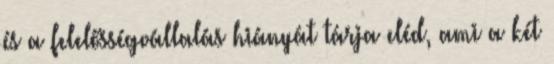
és a felelősségvállalás hiányát tárja eléd, ami a két